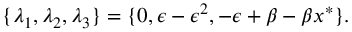
\{ \lambda _ { 1 } , \lambda _ { 2 } , \lambda _ { 3 } \} = \{ 0 , \epsilon - \epsilon ^ { 2 } , - \epsilon + \beta - \beta x ^ { * } \} .